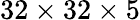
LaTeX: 32\times 32\times 5